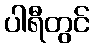
ပါရီတွင်